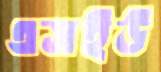
এসইউ